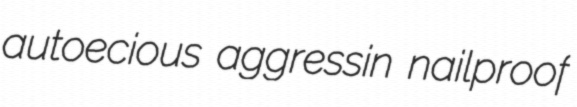
autoecious aggressin nailproof